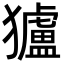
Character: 獹